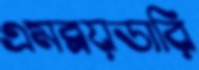
এমব্রয়ডারি